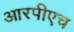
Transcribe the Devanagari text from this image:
आरपीएच